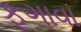
ફૂગાવા